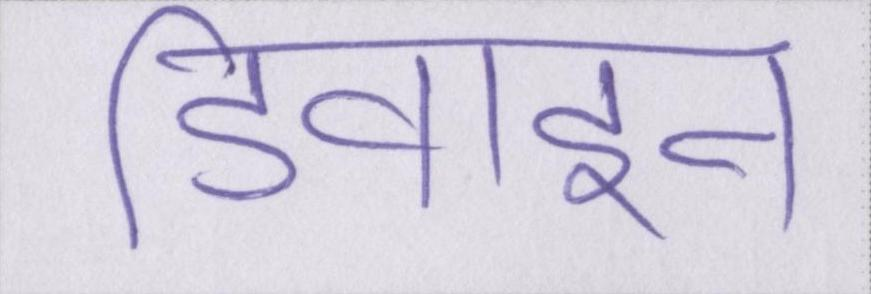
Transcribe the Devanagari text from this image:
डिवाइन